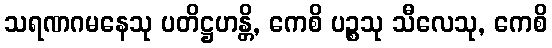
သရဏဂမနေသု ပတိဋ္ဌဟန္တိ, ကေစိ ပဉ္စသု သီလေသု, ကေစိ